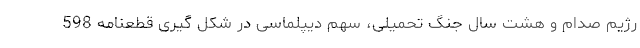
رژیم صدام و هشت سال جنگ تحمیلی، سهم دیپلماسی در شکل گیری قطعنامه 598